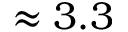
\approx 3 . 3